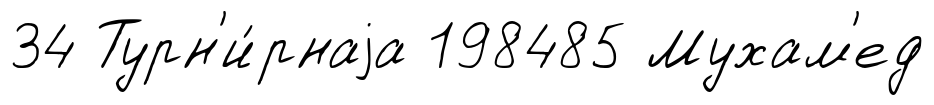
34 Турн'и́рнаjа 198485 Мухам'ед